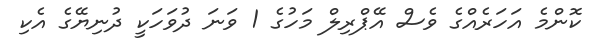
ކޮންމެ އަހަރެއްގެ ވެސް އޭޕްރިލް މަހުގެ 1 ވަނަ ދުވަހަކީ ދުނިޔޭގެ އެކި